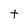
Character: t